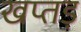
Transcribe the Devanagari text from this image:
खप्तड़